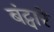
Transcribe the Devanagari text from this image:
बंट्वारे